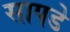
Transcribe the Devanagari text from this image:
सापडे